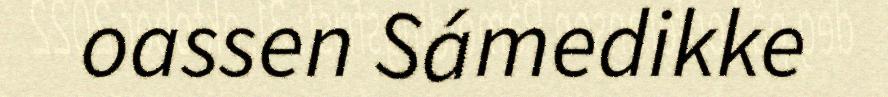
oassen Sámedikke